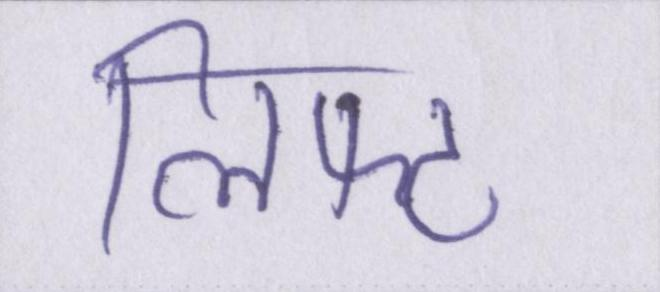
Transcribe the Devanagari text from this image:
लिफ्ट